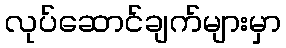
လုပ်ဆောင်ချက်များမှာ